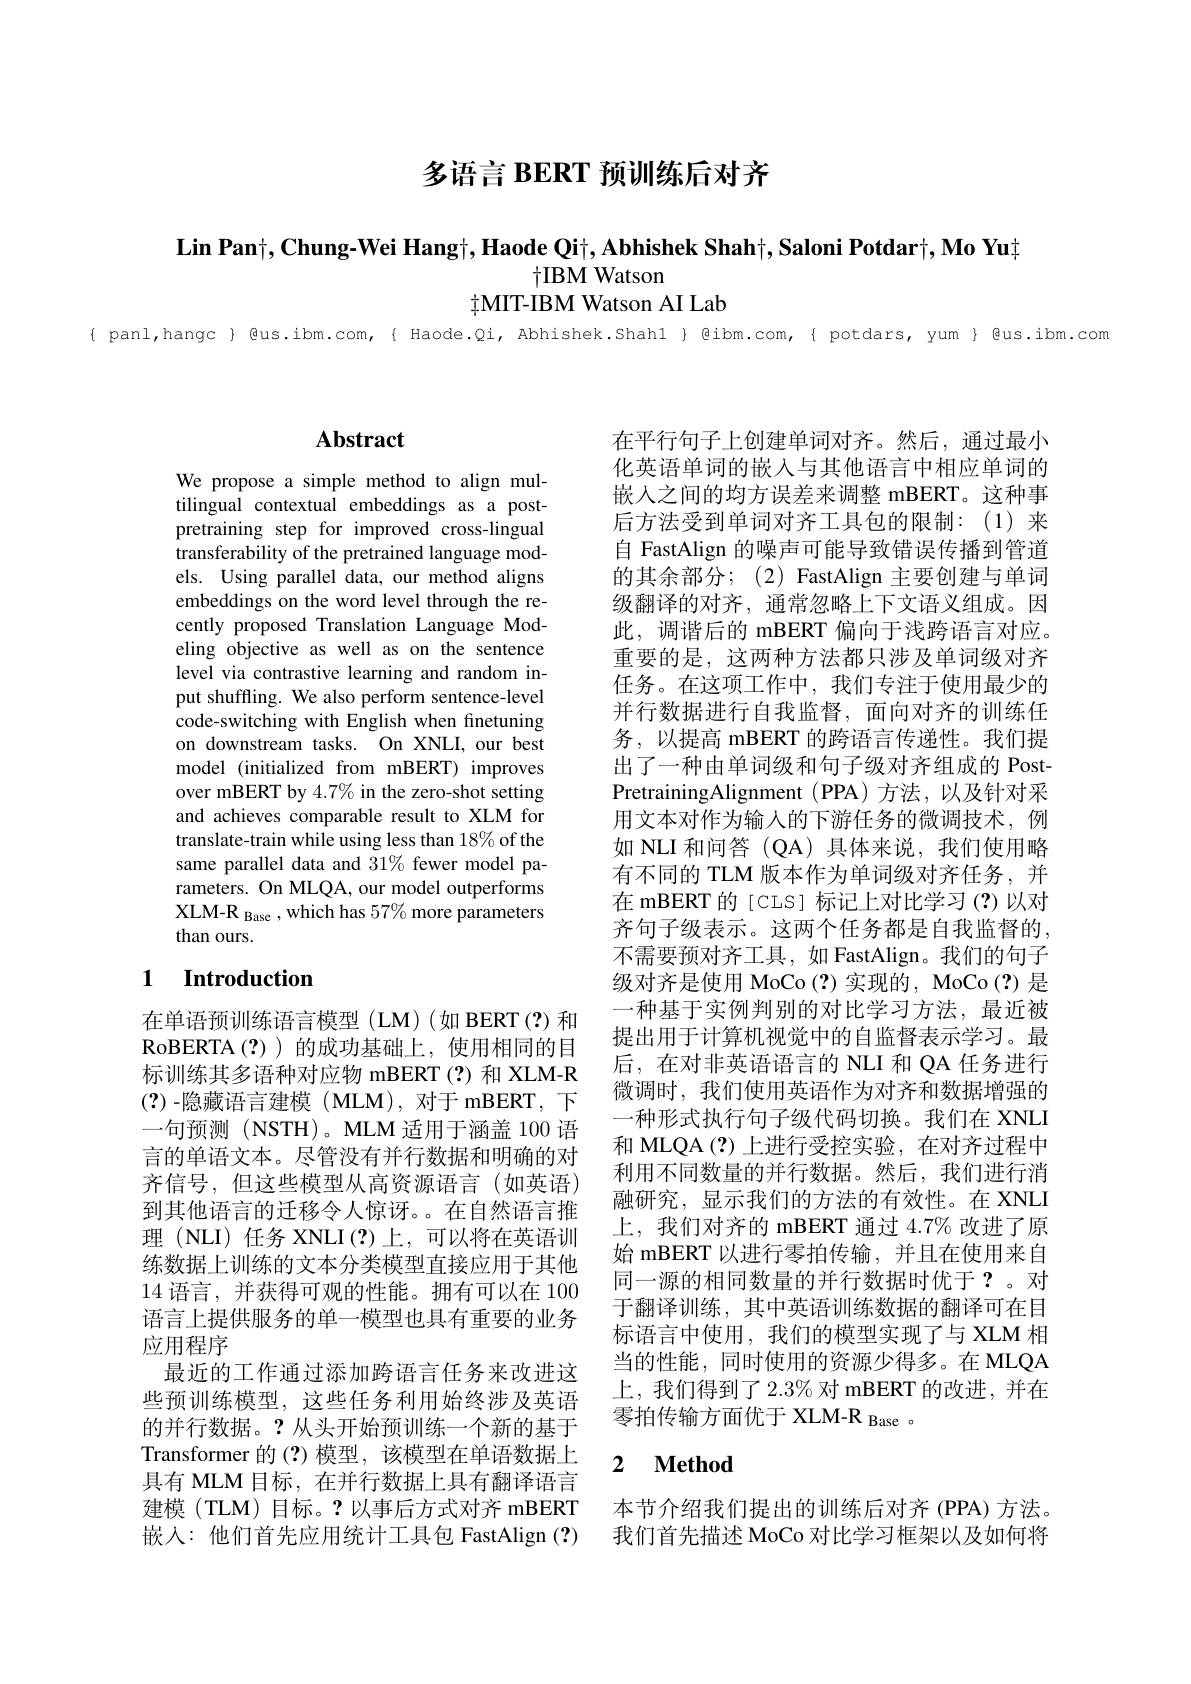
多语言 BERT 预训练后对齐

$\textbf{Lin Pan}_|^+,\textbf{Chung-Wei Hang}_\dagger,\textbf{Haode Qi}_|^+,\textbf{Abhishek Shah}_\dagger^+,\textbf{Saloni Potdar}_|^+,\textbf{Mo Yu}_\dagger^+$
$\dagger$IBM Watson

$\dagger$MIT-IBM Watson AI Lab

{ panl,hangc } @us.ibm.com,{ Haode.Qi, Abhishek.Shahl }@ibm.com,{ potdars, yum} @us.ibm.com

# Abstract

We propose a simple method to align multilingual contextual embeddings as a postpretraining step for improved cross-lingual transferability of the pretrained language models. Using parallel data, our method aligns embeddings on the word level through the recently proposed Translation Language Modeling objective as well as on the sentence level via contrastive learning and random input shuffling. We also perform sentence-level code-switching with English when finetuning on downstream tasks. On XNLI, our best model (initialized from mBERT) improves over mBERT by 4.7% in the zero-shot setting and achieves comparable result to XLM for translate-train while using less than 18% of the same parallel data and 31% fewer model parameters. On MLQA, our model outperforms XLM-R Base , which has 57$\%$ more parameters than ours.

### 1 $\textbf{Introduction}$

在单语预训练语言模型(LM)(如 BERT(?)和RoBERTA (?))的成功基础上，使用相同的目标训练其多语种对应物 mBERT(?)和 XLM-R (?) -隐藏语言建模 (MLM),对于 mBERT, 下一句预测(NSTH)。MLM 适用于涵盖 100 语言的单语文本。尽管没有并行数据和明确的对齐信号，但这些模型从高资源语言(如英语) 到其他语言的迁移令人惊讶。。在自然语言推理 (NLI) 任务 XNLI(?)上，可以将在英语训练数据上训练的文本分类模型直接应用于其他14语言，并获得可观的性能。拥有可以在 100语言上提供服务的单一模型也具有重要的业务应用程序
最近的工作通过添加跨语言任务来改进这些预训练模型，这些任务利用始终涉及英语的并行数据。?从头开始预训练一个新的基于Transformer 的(?)模型，该模型在单语数据上具有 MLM 目标，在并行数据上具有翻译语言建模(TLM)目标。?以事后方式对齐 mBERT 嵌人：他们首先应用统计工具包 FastAlign (?)

在平行句子上创建单词对齐。然后，通过最小化英语单词的嵌入与其他语言中相应单词的嵌入之间的均方误差来调整 mBERT。这种事后方法受到单词对齐工具包的限制：(1)来自 FastAlign 的噪声可能导致错误传播到管道的其余部分；(2) FastAlign 主要创建与单词级翻译的对齐，通常忽略上下文语义组成。因此，调谐后的 mBERT 偏向于浅跨语言对应。重要的是，这两种方法都只涉及单词级对齐任务。在这项工作中，我们专注于使用最少的并行数据进行自我监督，面向对齐的训练任务，以提高 mBERT 的跨语言传递性。我们提出了一种由单词级和句子级对齐组成的 PostPretrainingAlignment (PPA)方法，以及针对采用文本对作为输入的下游任务的微调技术，例如 NLI 和问答 (QA) 具体来说，我们使用略有不同的 TLM 版本作为单词级对齐任务，并在 mBERT 的 [CLS] 标记上对比学习(?)以对齐句子级表示。这两个任务都是自我监督的， 不需要预对齐工具，如 FastAlign。我们的句子级对齐是使用 MoCo (?)实现的，MoCo (?) 是一种基于实例判别的对比学习方法，最近被提出用于计算机视觉中的自监督表示学习。最后，在对非英语语言的 NLI 和 QA 任务进行微调时，我们使用英语作为对齐和数据增强的一种形式执行句子级代码切换。我们在 XNLI 和 MLQA(?)上进行受控实验，在对齐过程中利用不同数量的并行数据。然后，我们进行消融研究，显示我们的方法的有效性。在 XNLI 上，我们对齐的 mBERT 通过 4.7% 改进了原始 mBERT 以进行零拍传输，并且在使用来自同一源的相同数量的并行数据时优于？。对于翻译训练，其中英语训练数据的翻译可在目标语言中使用，我们的模型实现了与 XLM 相当的性能，同时使用的资源少得多。在 MLQA 上，我们得到了2.3% 对 mBERT 的改进，并在零拍传输方面优于 XLM-R Base 。

### 2 $\textbf{Method}$

本节介绍我们提出的训练后对齐 (PPA) 方法。我们首先描述 MoCo 对比学习框架以及如何将